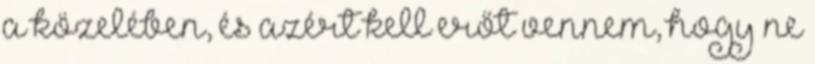
a közelében, és azért kell erőt vennem, hogy ne